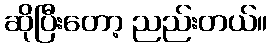
ဆိုပြီးတော့ ညည်းတယ်။